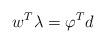
LaTeX: \begin{align*}w^{T}\lambda=\varphi^{T}d \end{align*}